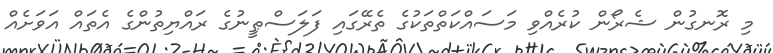
މި ރޮނގުން ޝެރޯން ކުރެއްވި މަސައްކަތްތަކުގެ ތެރޭގައި ފަލަސްޠީނުގެ ރައްޔިތުންގެ އެތައް އަވަށެއް